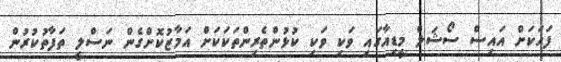
ފަހަކަށް އައިސް ސޯޝަލް މީޑިއާގައި ވަކި ވަކި ކުޅުންތެރިންތަކަކަށް އަމާޒުކޮށްގެން ނަސްލީ ތަފާތުކުރުން